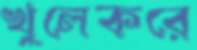
খুলেকরে